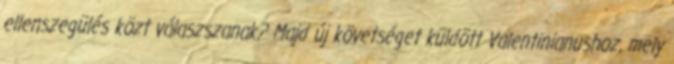
ellenszegülés közt válaszszanak? Majd új követséget küldött Valentinianushoz, mely